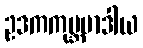
ဥဒကကုမ္ဘမာဒါယ